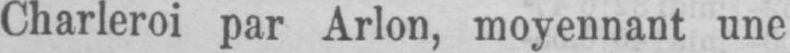
Charleroi par Arlon, moyennant une